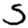
Digit: 5